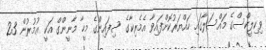
ވިކިލީކްސްގެ މައްސަލާގައި ހައްޔަރުކޮށްފައިވާ އެމެރިކާގެ ސިފައިންގެ މީހާ މާނީންގް އަކީ ޢުމުރުން 23